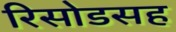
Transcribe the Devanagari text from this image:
रिसोडसह